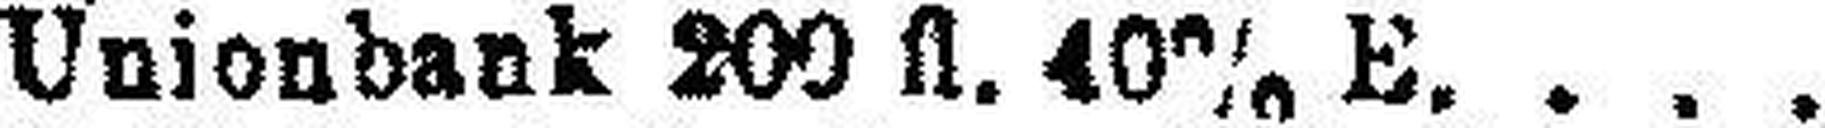
„ Unionbank 200 fl. 40% E.